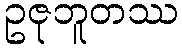
ဥဇုဘူတဿ